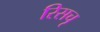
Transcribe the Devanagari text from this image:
रिसचृ